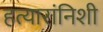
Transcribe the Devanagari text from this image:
हत्यारांनिशी